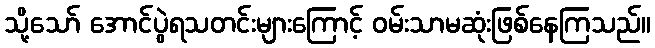
သို့သော် အောင်ပွဲရသတင်းများကြောင့် ဝမ်းသာမဆုံးဖြစ်နေကြသည်။